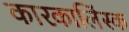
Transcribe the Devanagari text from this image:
कारकालिंस्क